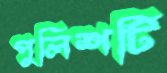
পুলিশটি